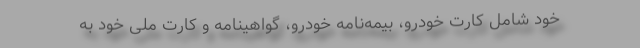
خود شامل کارت خودرو، بیمه‌نامه خودرو، گواهینامه و کارت ملی خود به